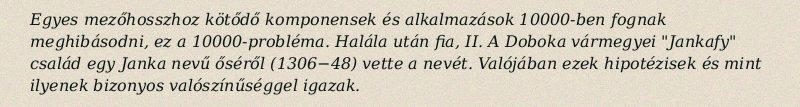
Egyes mezőhosszhoz kötődő komponensek és alkalmazások 10000-ben fognak meghibásodni, ez a 10000-probléma. Halála után fia, II. A Doboka vármegyei "Jankafy" család egy Janka nevű őséről (1306−48) vette a nevét. Valójában ezek hipotézisek és mint ilyenek bizonyos valószínűséggel igazak.